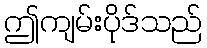
ဤကျမ်းပိုဒ်သည်